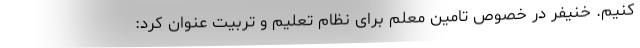
کنیم. خنیفر در خصوص تامین معلم برای نظام تعلیم و تربیت عنوان کرد: